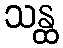
သန္ထ